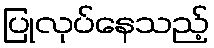
ပြုလုပ်နေသည့်